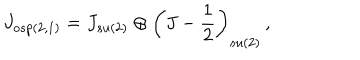
J _ { o s p ( 2 , 1 ) } = J _ { s u ( 2 ) } \oplus \left( J - \frac { 1 } { 2 } \right) _ { s u ( 2 ) } \, ,